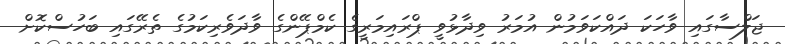
ޖަލްސާގައި ވާހަކަ ދައްކަވަމުން އުމަރު ވިދާޅުވީ ޕްރައިމަރީގެ ކެމްޕޭންގެ ވާދަވެރިކަމުގެ ތެރޭގައި ބަހުސްކޮށް